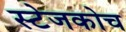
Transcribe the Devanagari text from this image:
स्‍टेजकोच